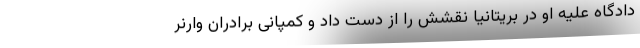
دادگاه علیه او در بریتانیا نقشش را از دست داد و کمپانی برادران وارنر